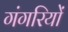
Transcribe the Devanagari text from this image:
गंगरियों